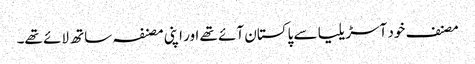
مصنف خود آسڑیلیا سے پاکستان آئے تھے اور اپنی مصنفہ ساتھ لائے تھے۔